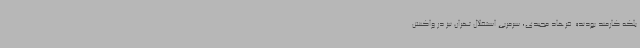
بلکه کارمند بودند». فرهاد مجیدی، سرمربی استقلال تهران نیز در واکنش